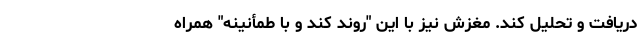
دریافت و تحلیل کند. مغزش نیز با این "روند کُند و با طمأنینه" همراه